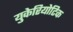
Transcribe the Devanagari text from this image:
युकेरियोटिक